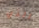
الذي